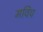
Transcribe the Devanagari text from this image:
मविप